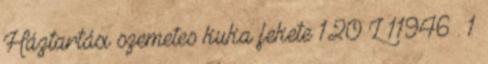
Háztartási szemetes kuka fekete 120 L 11946 . 1